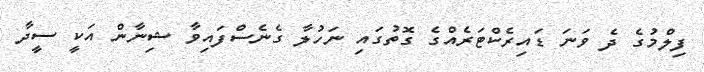
ފިލްމުގެ ދެ ވަނަ ޑައިރެކްޓަރެއްގެ ގޮތުގައި ނަހުލާ ގެނެސްފައިވާ ޝިނާން އަކީ ސީދާ